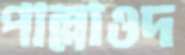
পাল্লাওদ